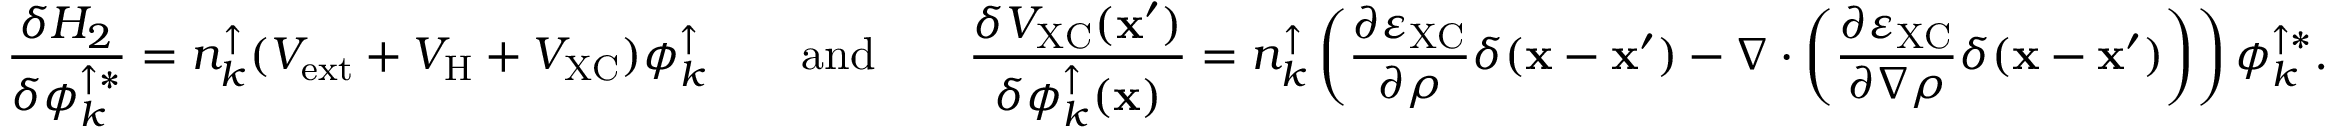
\frac { \delta H _ { 2 } } { \delta \phi _ { k } ^ { \uparrow * } } = n _ { k } ^ { \uparrow } ( { \cal V } _ { \mathrm { e x t } } + { \cal V } _ { \mathrm { H } } + { \cal V } _ { \mathrm { X C } } ) \phi _ { k } ^ { \uparrow } \quad \quad \mathrm { a n d } \quad \quad \frac { \delta { \cal V } _ { \mathrm { X C } } ( { \bf x } ^ { \prime } ) } { \delta \phi _ { k } ^ { \uparrow } ( { \bf x } ) } = n _ { k } ^ { \uparrow } \left( \frac { \partial \varepsilon _ { \mathrm { X C } } } { \partial \rho } \delta ( { \bf x } - { \bf x } ^ { \prime } ) - \nabla \cdot \left( \frac { \partial \varepsilon _ { \mathrm { X C } } } { \partial \nabla \rho } \delta ( { \bf x } - { \bf x } ^ { \prime } ) \right) \right) \phi _ { k } ^ { \uparrow * } .